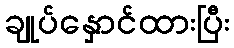
ချုပ်နှောင်ထားပြီး